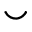
\smile